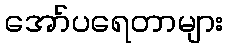
အော်ပရေတာများ